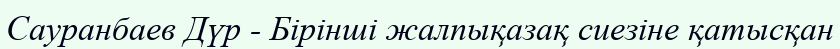
Сауранбаев Дүр - Бірінші жалпықазақ сиезіне қатысқан